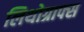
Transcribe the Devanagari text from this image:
लिथोग्राफ्स